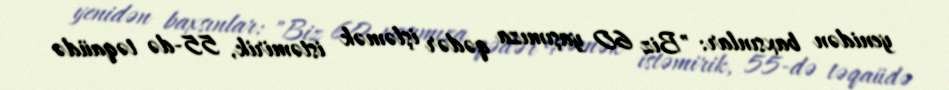
yenidən baxsınlar: "Biz 60 yaşımıza qədər işləmək istəmirik, 55-də təqaüdə